Indian journal of veterinary science and animal husbandry - Volume 1,
Year: 1931
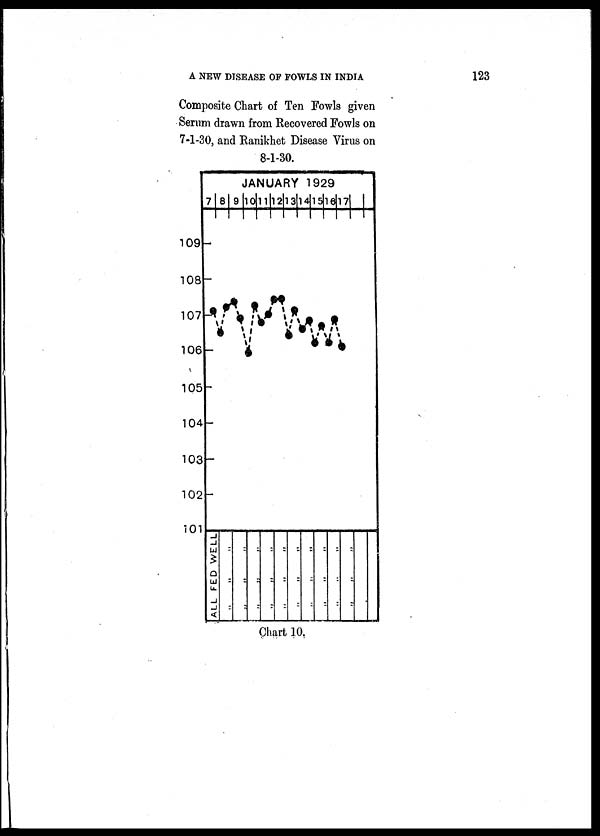
A NEW DISEASE OP FOWLS IN INDIA
123
Composite Chart of Ten Fowls given
Serum drawn from Recovered Fowls on
7-1-30, and Ranikhet Disease Virus on
8-1-30.